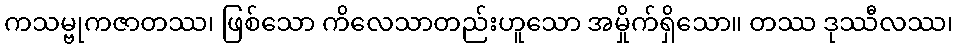
ကသမ္ဗုကဇာတဿ၊ ဖြစ်သော ကိလေသာတည်းဟူသော အမှိုက်ရှိသော။ တဿ ဒုဿီလဿ၊